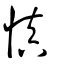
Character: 眘